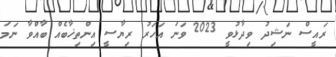
ރައީސް ނަޝިދު ވިދާޅުވީ 2023 ވަނަ އަހަރު ރިޔާސީ އިންތިޚާބެއް ބާއްވާ ނަމަ